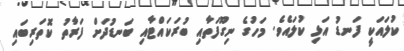
ކުލައަކީ ފަނޑު އަޅި ކުލައެވެ. މަހުގެ ނިގޫފަތާއި ބުރަކައްޓާއި ބަނޑުދަށް ފަރާތު ކޮތަރިބައި